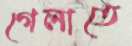
গেলাতে